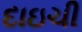
દાઇચી